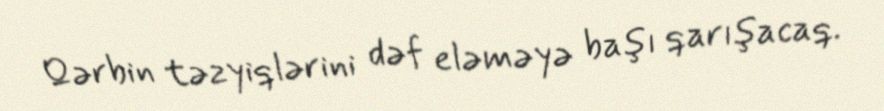
Qərbin təzyiqlərini dəf eləməyə başı qarışacaq.